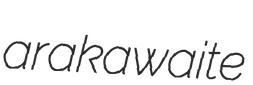
arakawaite